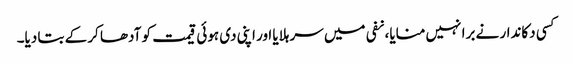
کسی دکاندار نے برا نہیں منایا، نفی میں سر ہلایا اور اپنی دی ہوئی قیمت کو آدھا کر کے بتا دیا۔